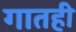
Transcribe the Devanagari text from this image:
गातही